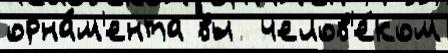
орна́м'ента вы  челов'е́ком